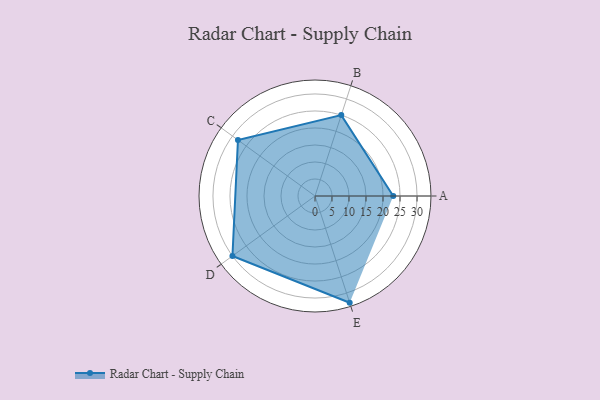
{"axis": {"x": "Skill", "y": "Score"}, "legend": ["Profile"], "data": [{"x": "A", "y": 23.0, "type": "Profile"}, {"x": "B", "y": 25.0, "type": "Profile"}, {"x": "C", "y": 28.0, "type": "Profile"}, {"x": "D", "y": 30.0, "type": "Profile"}, {"x": "E", "y": 33.0, "type": "Profile"}]}